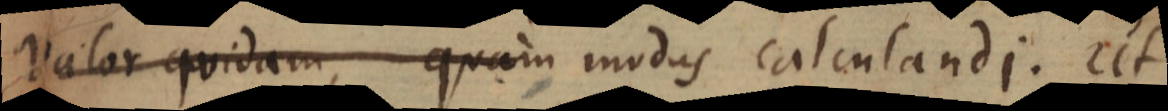
valor quidam, quam modus calculandi. Ut